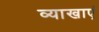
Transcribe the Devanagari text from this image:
व्याखाएं